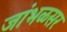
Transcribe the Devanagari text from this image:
जांभळसर